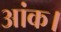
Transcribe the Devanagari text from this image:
आंक।